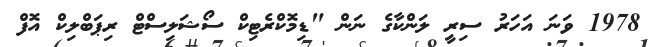
1978 ވަނަ އަހަރު ސިރީ ލަންކާގެ ނަން "ޑިމޮކްރެޓިކް ސޯޝަލިސްޓް ރިޕަބްލިކް އޮފް